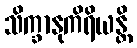
သိက္ခာနုကိရိယန္တိ